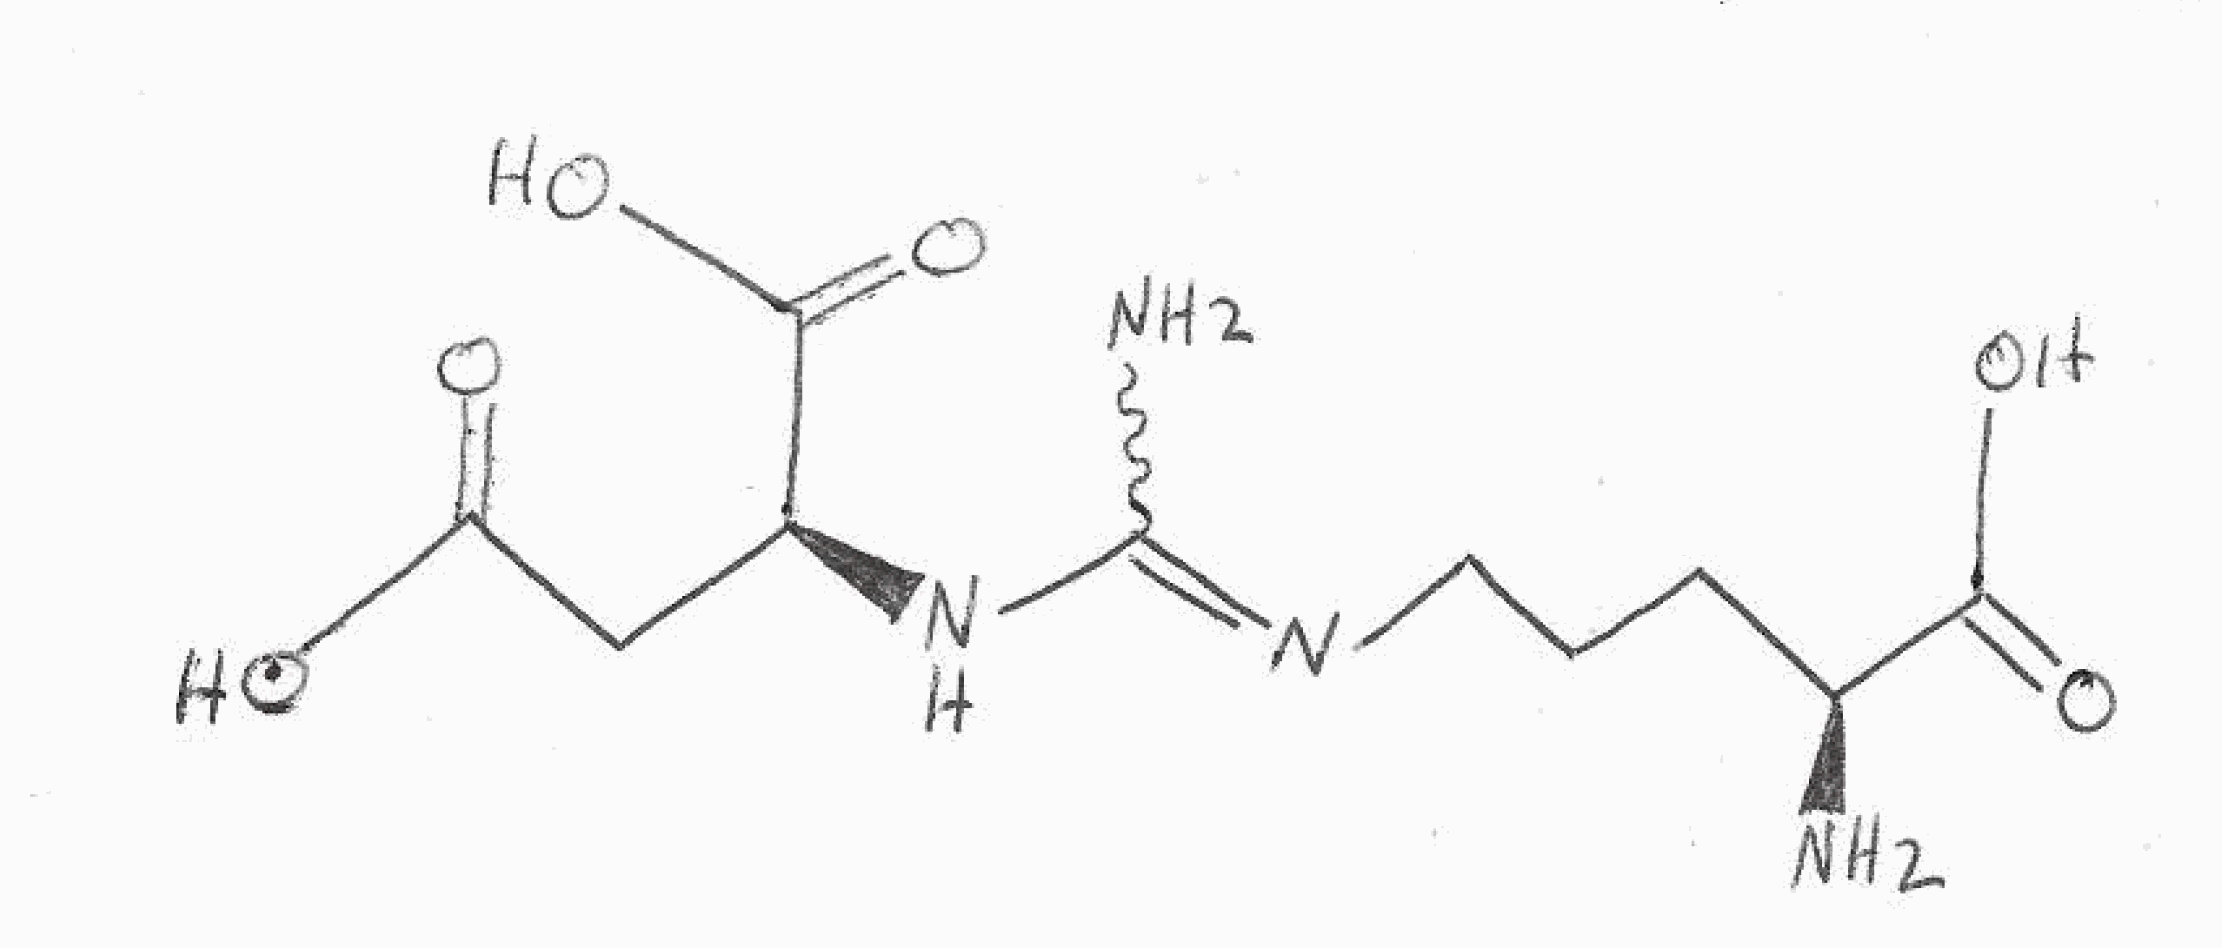
Simplified molecular-input line-entry system (SMILES) notation of the given molecule:
C(C[C@@H](C(=O)O)N)CN=C(N)N[C@@H](CC(=O)O)C(=O)O